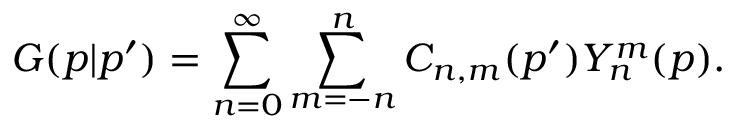
G ( \boldsymbol { p } | \boldsymbol { p } ^ { \prime } ) = \sum _ { n = 0 } ^ { \infty } \sum _ { m = - n } ^ { n } C _ { n , m } ( \boldsymbol { p } ^ { \prime } ) Y _ { n } ^ { m } ( \boldsymbol { p } ) .